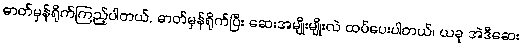
ဓာတ်မှန်ရိုက်ကြည့်ပါတယ်, ဓာတ်မှန်ရိုက်ပြီး ဆေးအမျိုးမျိုးလဲ ထပ်ပေးပါတယ်၊ ယခု အဲဒီဆေး